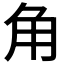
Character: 角